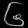
Digit: ၆